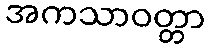
အကသာဝတ္တာ